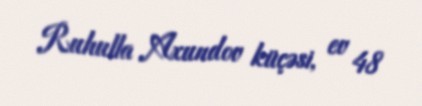
Ruhulla Axundov küçəsi, ev 48